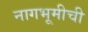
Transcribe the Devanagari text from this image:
नागभूमीची